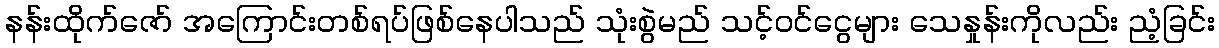
နန်းထိုက်ဇော် အကြောင်းတစ်ရပ်ဖြစ်နေပါသည် သုံးစွဲမည် သင့်ဝင်ငွေများ သေနှုန်းကိုလည်း ညံ့ခြင်း